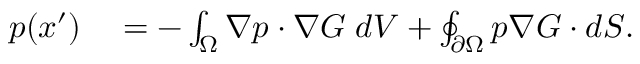
\begin{array} { r l } { p ( \boldsymbol { x } ^ { \prime } ) } & { { } = - \int _ { \Omega } \boldsymbol { \nabla } p \cdot \boldsymbol { \nabla } G \; d V + \oint _ { \partial \Omega } p \boldsymbol { \nabla } G \cdot d \boldsymbol { S } . } \end{array}